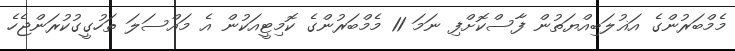
މެމްބަރުންގެ އަޣުލަބިއްޔަތުން ފާސްކޮށްފި ނަމަ 11 މެމްބަރުންގެ ކޮމިޓީއަކުން އެ މައްސަލަ ތަހުގީގުކުރަންޖެހެ